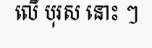
លើ បុរស នោះ ៗ